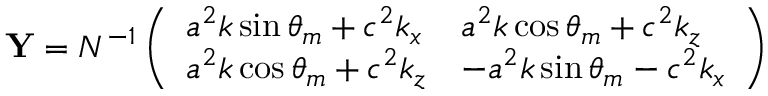
\mathbf { Y } = N ^ { - 1 } \left( \begin{array} { l l } { a ^ { 2 } k \sin \theta _ { m } + c ^ { 2 } k _ { x } } & { a ^ { 2 } k \cos \theta _ { m } + c ^ { 2 } k _ { z } } \\ { a ^ { 2 } k \cos \theta _ { m } + c ^ { 2 } k _ { z } } & { - a ^ { 2 } k \sin \theta _ { m } - c ^ { 2 } k _ { x } } \end{array} \right)